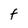
Character: F